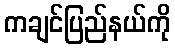
ကချင်ပြည်နယ်ကို